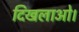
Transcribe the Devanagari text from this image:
दिखलाओ।